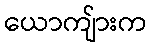
ယောကျ်ားက